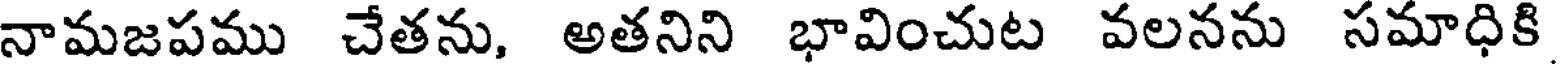
నామజపము చేతను, అతనిని భావించుట వలనను సమాధికి